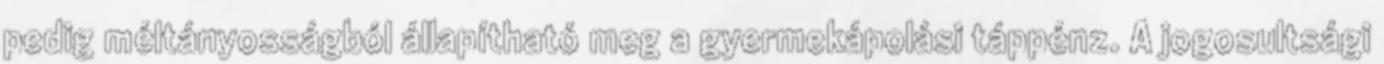
pedig méltányosságból állapítható meg a gyermekápolási táppénz. A jogosultsági